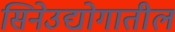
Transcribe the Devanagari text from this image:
सिनेउद्योगातील